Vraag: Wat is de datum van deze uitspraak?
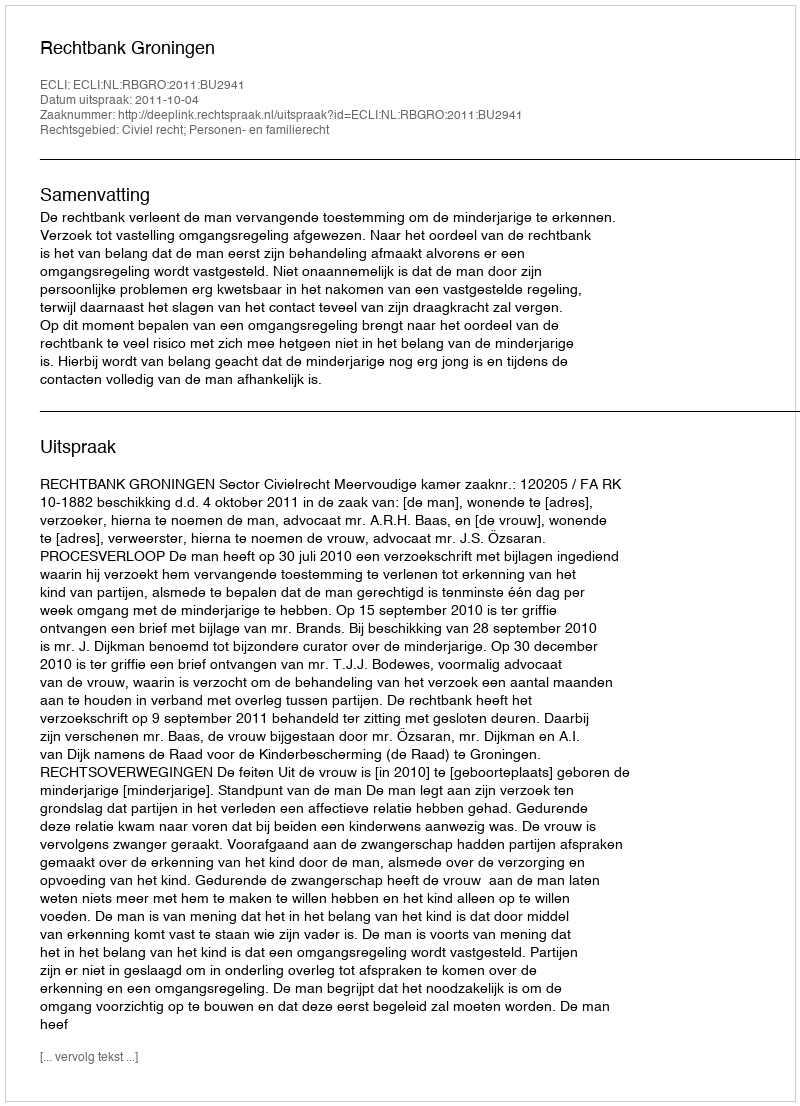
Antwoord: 2011-10-04